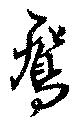
鴛